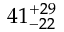
4 1 _ { - 2 2 } ^ { + 2 9 }